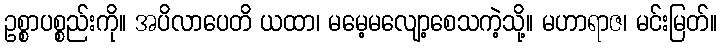
ဥစ္စာပစ္စည်းကို။ အပိလာပေတိ ယထာ၊ မမေ့မလျော့စေသကဲ့သို့။ မဟာရာဇ၊ မင်းမြတ်။